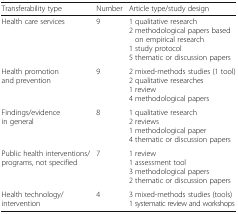
| Transferability type | Number | Article type/study design |
 | --- | --- | --- |
 | Health care services | 9 | 1 qualitative research2 methodological papers based on empirical research1 study protocol5 thematic or discussion papers |
 | Health promotion and prevention | 9 | 2 mixed-methods studies (1 tool)2 qualitative researches1 review4 methodological papers |
 | Findings/evidence in general | 8 | 1 qualitative research2 reviews1 methodological paper4 thematic or discussion papers |
 | Public health interventions/programs, not specified | 7 | 1 review1 assessment tool3 methodological papers2 thematic or discussion papers |
 | Health technology/ intervention | 4 | 3 mixed-methods studies (tools)1 systematic review and workshops |